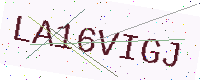
Text: LA16VIGJ